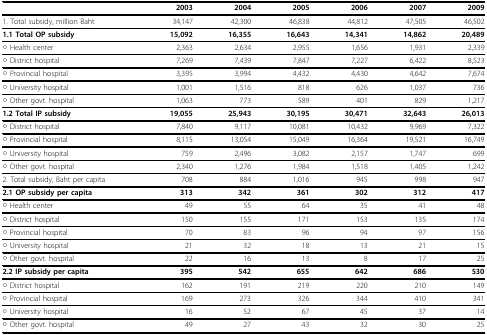
<table><thead><tr><td></td><td><b>2003</b></td><td><b>2004</b></td><td><b>2005</b></td><td><b>2006</b></td><td><b>2007</b></td><td><b>2009</b></td></tr></thead><tbody><tr><td>1. Total subsidy, million Baht</td><td>34,147</td><td>42,300</td><td>46,838</td><td>44,812</td><td>47,505</td><td>46,502</td></tr><tr><td><b>1.1 Total OP subsidy</b></td><td><b>15,092</b></td><td><b>16,355</b></td><td><b>16,643</b></td><td><b>14,341</b></td><td><b>14,862</b></td><td><b>20,489</b></td></tr><tr><td>○ Health center</td><td>2,363</td><td>2,634</td><td>2,955</td><td>1,656</td><td>1,931</td><td>2,339</td></tr><tr><td>○ District hospital</td><td>7,269</td><td>7,439</td><td>7,847</td><td>7,227</td><td>6,422</td><td>8,523</td></tr><tr><td>○ Provincial hospital</td><td>3,395</td><td>3,994</td><td>4,432</td><td>4,430</td><td>4,642</td><td>7,674</td></tr><tr><td>○ University hospital</td><td>1,001</td><td>1,516</td><td>818</td><td>626</td><td>1,037</td><td>736</td></tr><tr><td>○ Other govt. hospital</td><td>1,063</td><td>773</td><td>589</td><td>401</td><td>829</td><td>1,217</td></tr><tr><td><b>1.2 Total IP subsidy</b></td><td><b>19,055</b></td><td><b>25,943</b></td><td><b>30,195</b></td><td><b>30,471</b></td><td><b>32,643</b></td><td><b>26,013</b></td></tr><tr><td>○ District hospital</td><td>7,840</td><td>9,117</td><td>10,081</td><td>10,432</td><td>9,969</td><td>7,322</td></tr><tr><td>○ Provincial hospital</td><td>8,115</td><td>13,054</td><td>15,049</td><td>16,364</td><td>19,521</td><td>16,749</td></tr><tr><td>○ University hospital</td><td>759</td><td>2,496</td><td>3,082</td><td>2,157</td><td>1,747</td><td>699</td></tr><tr><td>○ Other govt. hospital</td><td>2,340</td><td>1,276</td><td>1,984</td><td>1,518</td><td>1,405</td><td>1,242</td></tr><tr><td>2. Total subsidy, Baht per capita</td><td>708</td><td>884</td><td>1,016</td><td>945</td><td>998</td><td>947</td></tr><tr><td><b>2.1 OP subsidy per capita</b></td><td><b>313</b></td><td><b>342</b></td><td><b>361</b></td><td><b>302</b></td><td><b>312</b></td><td><b>417</b></td></tr><tr><td>○ Health center</td><td>49</td><td>55</td><td>64</td><td>35</td><td>41</td><td>48</td></tr><tr><td>○ District hospital</td><td>150</td><td>155</td><td>171</td><td>153</td><td>135</td><td>174</td></tr><tr><td>○ Provincial hospital</td><td>70</td><td>83</td><td>96</td><td>94</td><td>97</td><td>156</td></tr><tr><td>○ University hospital</td><td>21</td><td>32</td><td>18</td><td>13</td><td>21</td><td>15</td></tr><tr><td>○ Other govt. hospital</td><td>22</td><td>16</td><td>13</td><td>8</td><td>17</td><td>25</td></tr><tr><td><b>2.2 IP subsidy per capita</b></td><td><b>395</b></td><td><b>542</b></td><td><b>655</b></td><td><b>642</b></td><td><b>686</b></td><td><b>530</b></td></tr><tr><td>○ District hospital</td><td>162</td><td>191</td><td>219</td><td>220</td><td>210</td><td>149</td></tr><tr><td>○ Provincial hospital</td><td>169</td><td>273</td><td>326</td><td>344</td><td>410</td><td>341</td></tr><tr><td>○ University hospital</td><td>16</td><td>52</td><td>67</td><td>45</td><td>37</td><td>14</td></tr><tr><td>○ Other govt. hospital</td><td>49</td><td>27</td><td>43</td><td>32</td><td>30</td><td>25</td></tr></tbody></table>